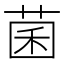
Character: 菌